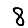
Digit: 8